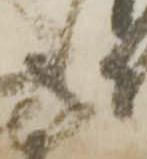
も